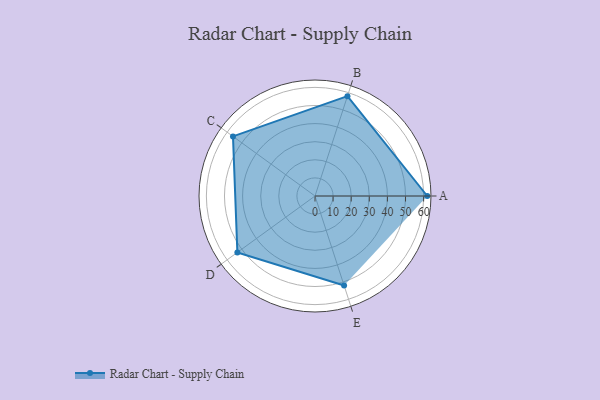
{"axis": {"x": "Skill", "y": "Score"}, "legend": ["Profile"], "data": [{"x": "A", "y": 62.0, "type": "Profile"}, {"x": "B", "y": 58.0, "type": "Profile"}, {"x": "C", "y": 56.0, "type": "Profile"}, {"x": "D", "y": 53.0, "type": "Profile"}, {"x": "E", "y": 52.0, "type": "Profile"}]}